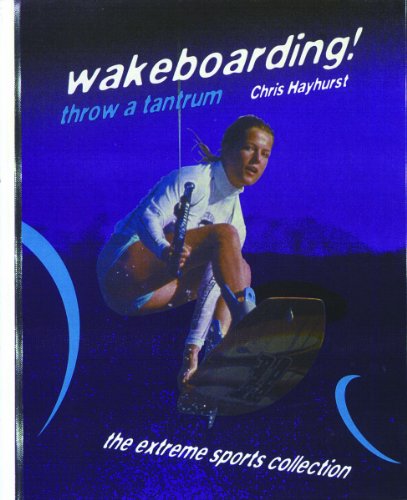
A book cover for Wakeboarding!: Throw a Tantrum (The Extreme Sports Collection); Chris Hayhurst; Teen & Young Adult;